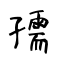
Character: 孺